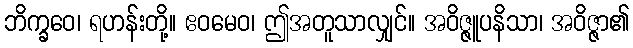
ဘိက္ခဝေ၊ ရဟန်းတို့။ ဧဝမေဝ၊ ဤအတူသာလျှင်။ အဝိဇ္ဇူပနိသာ၊ အဝိဇ္ဇာ၏